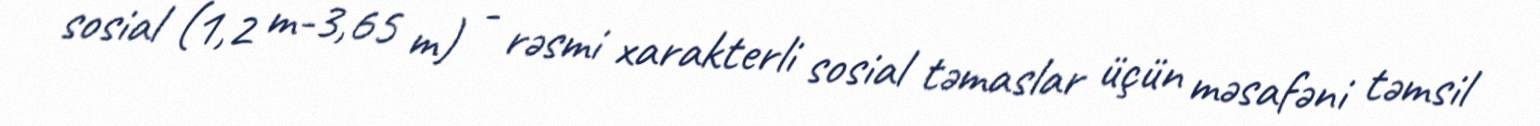
sosial (1,2 m-3,65 m) - rəsmi xarakterli sosial təmaslar üçün məsafəni təmsil